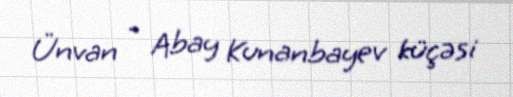
Ünvan - Abay Kunanbayev küçəsi